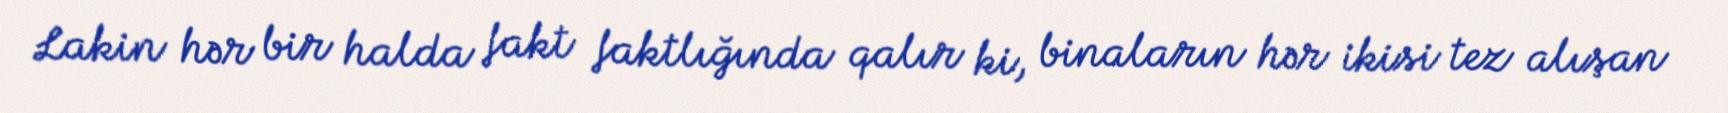
Lakin hər bir halda fakt faktlığında qalır ki, binaların hər ikisi tez alışan